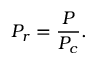
P _ { r } = { \frac { P } { P _ { c } } } .